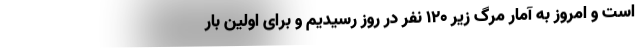
است و امروز به آمار مرگ زیر ۱۲۰ نفر در روز رسیدیم و برای اولین بار